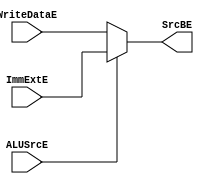
`timescale 1ns / 1ps
//////////////////////////////////////////////////////////////////////////////////
// Company: 
// Engineer: 
// 
// Design Name: 
// Module Name: mux_execute
// Project Name: 
// Target Devices: 
// Tool Versions: 
// Description: 
// 
// Dependencies: 
// 
// Revision:
// Revision 0.01 - File Created
// Additional Comments:
// 
//////////////////////////////////////////////////////////////////////////////////

module mux_execute(
  input             ALUSrcE,
  input      [31:0] WriteDataE,//RD2E,
  input      [31:0] ImmExtE,
  output reg [31:0] SrcBE
  
);
  
  always @(*)
    begin
      SrcBE = ALUSrcE ? ImmExtE : WriteDataE;//RD2E;
    end
    
endmodule